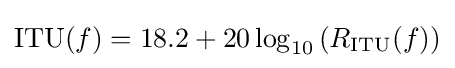
\mathrm {ITU} (f)=18.2+20\log _{10}\left(R_{\mathrm {ITU} }(f)\right)